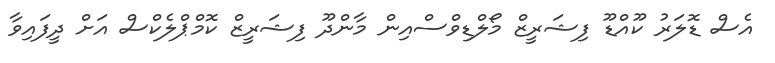
އެސް ޑޮލަރު ކޫއްޑޫ ފިޝަރީޒް މޯލްޑިވްސްއިން މާންދޫ ފިޝަރީޒް ކޮމްޕްލެކްސް އަށް ދީފައިވާ